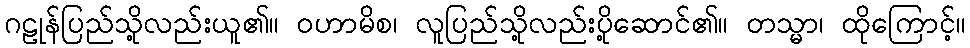
ဂဠုန်ပြည်သို့လည်းယူ၏။ ဝဟာမိစ၊ လူပြည်သို့လည်းပို့ဆောင်၏။ တသ္မာ၊ ထိုကြောင့်။